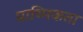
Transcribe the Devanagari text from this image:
प्राथ्मिकता